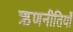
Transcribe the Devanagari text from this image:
ऋणनीतियाँ